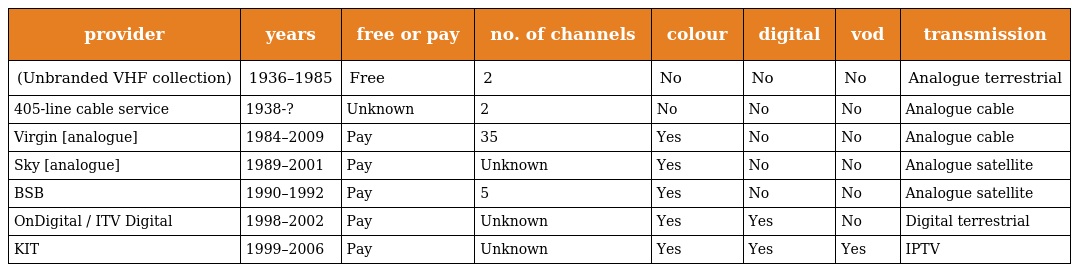
| provider | years | free or pay | no. of channels | colour | digital | vod | transmission |
 | --- | --- | --- | --- | --- | --- | --- | --- |
 | (Unbranded VHF collection) | 1936–1985 | Free | 2 | No | No | No | Analogue terrestrial |
 | 405-line cable service | 1938-? | Unknown | 2 | No | No | No | Analogue cable |
 | Virgin [analogue] | 1984–2009 | Pay | 35 | Yes | No | No | Analogue cable |
 | Sky [analogue] | 1989–2001 | Pay | Unknown | Yes | No | No | Analogue satellite |
 | BSB | 1990–1992 | Pay | 5 | Yes | No | No | Analogue satellite |
 | OnDigital / ITV Digital | 1998–2002 | Pay | Unknown | Yes | Yes | No | Digital terrestrial |
 | KIT | 1999–2006 | Pay | Unknown | Yes | Yes | Yes | IPTV |